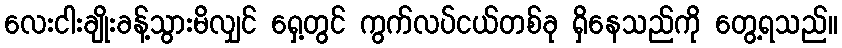
လေးငါးချိုးခန့်သွားမိလျှင် ရှေ့တွင် ကွက်လပ်ငယ်တစ်ခု ရှိနေသည်ကို တွေ့ရသည်။